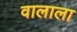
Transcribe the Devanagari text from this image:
वालाला